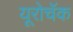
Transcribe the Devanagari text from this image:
यूरोचॅक